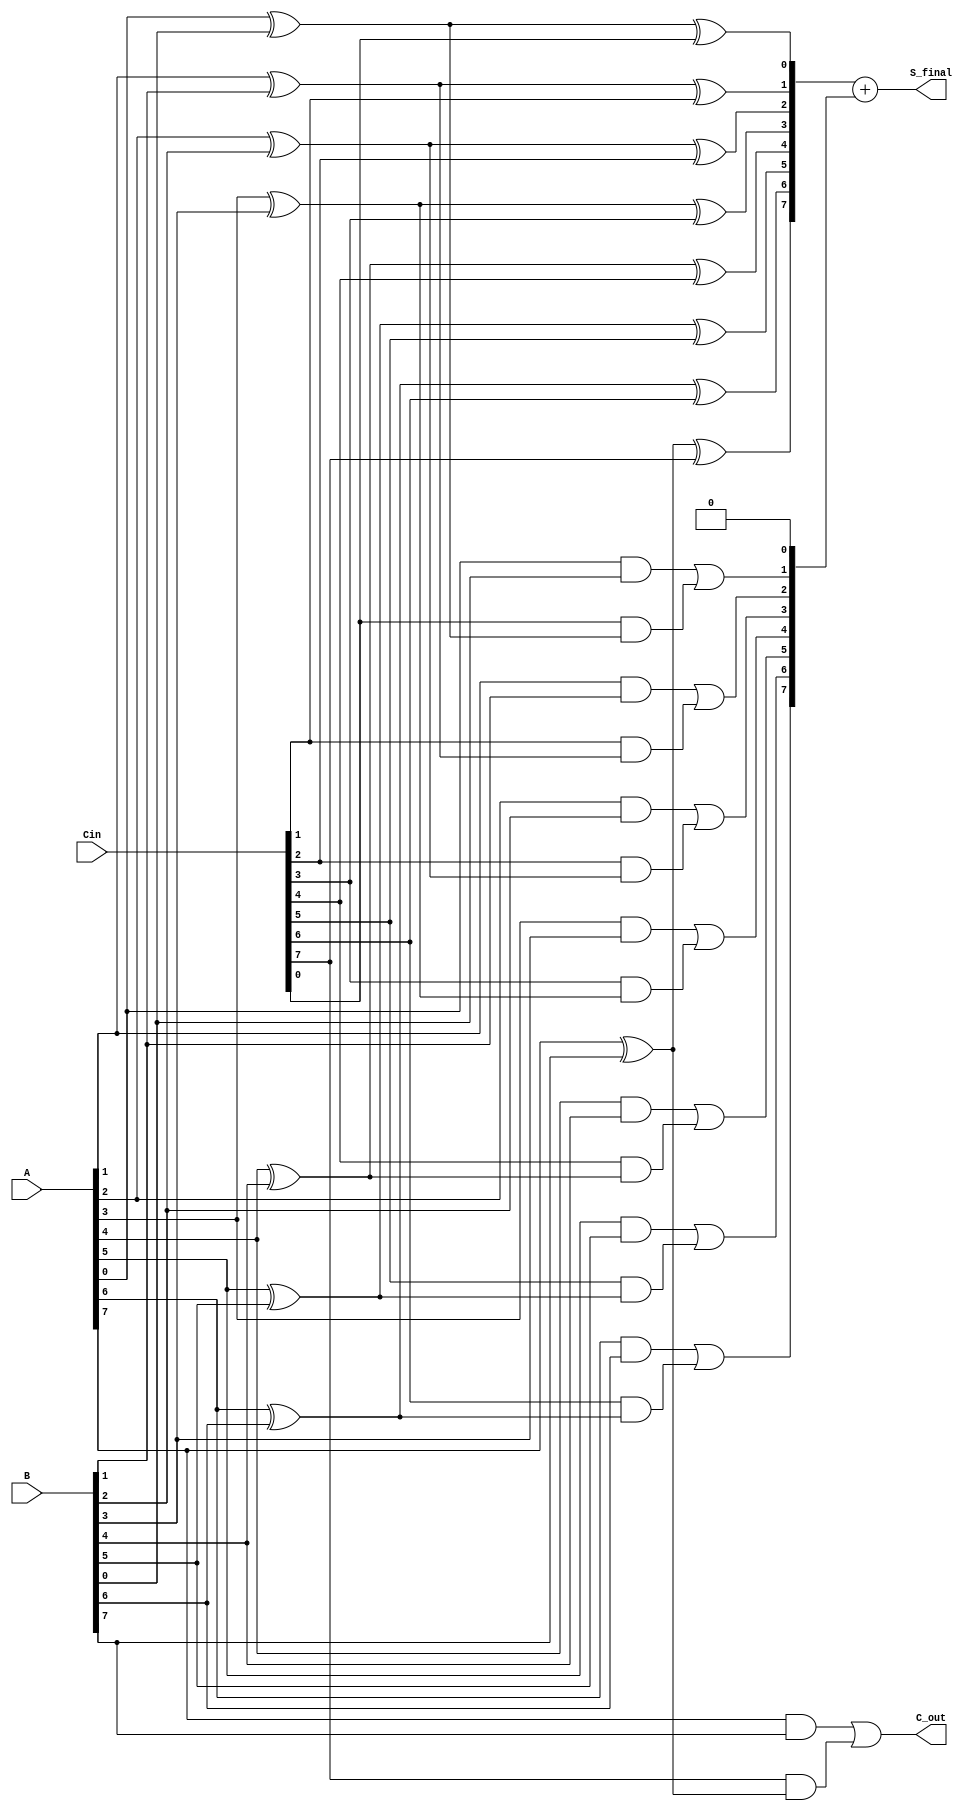
module CarrySaveAdder #(
    parameter N = 8 // Width of the input vectors
)(
    input  [N-1:0] A,     // First input
    input  [N-1:0] B,     // Second input
    input  [N-1:0] Cin,   // Carry-in input
    output [N-1:0] S_final, // Final sum output
    output C_out          // Final carry-out
);

    wire [N-1:0] S;       // Partial sum
    wire [N:0] C;         // Carry bits (N+1 bits to accommodate carry out)

    // Generate partial sums and carries
    genvar i;
    generate
        for (i = 0; i < N; i = i + 1) begin : CSA
            // Sum for bit position i
            assign S[i] = A[i] ^ B[i] ^ Cin[i];
            // Carry for bit position i
            assign C[i+1] = (A[i] & B[i]) | (Cin[i] & (A[i] ^ B[i]));
        end
    endgenerate

    // Carry propagation logic
    assign C[0] = 1'b0; // Initial carry-in is 0
    assign C_out = C[N]; // Final carry-out is the last carry bit
    assign S_final = S + C[N-1:0]; // Final sum is the partial sum plus the last carry

endmodule